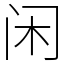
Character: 闲